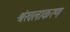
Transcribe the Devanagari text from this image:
श्रंखलाकरण